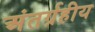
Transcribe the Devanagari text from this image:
अंतर्ग्रहीय